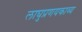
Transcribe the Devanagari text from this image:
लाघुप्रणयकाव्य